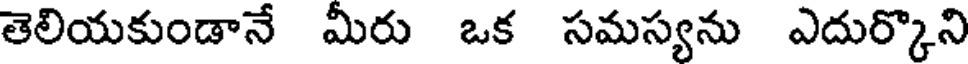
తెలియకుండానే మీరు ఒక సమస్యను ఎదుర్కొని